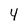
Character: 4